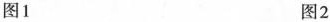
图1 图2